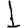
Digit: 1